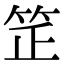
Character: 𥬛